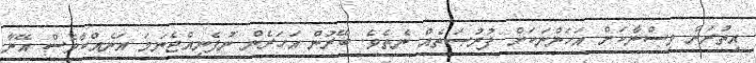
އިތުރަށް ވިސްނާކަށް އަހަންނަކަށް ފުރުޞަތެއް ނެތެވެ. ބޭރުން އަހަރެން ނުފެނިއްޖެނަމަ އަނެއްކާވެސް އޭނާ